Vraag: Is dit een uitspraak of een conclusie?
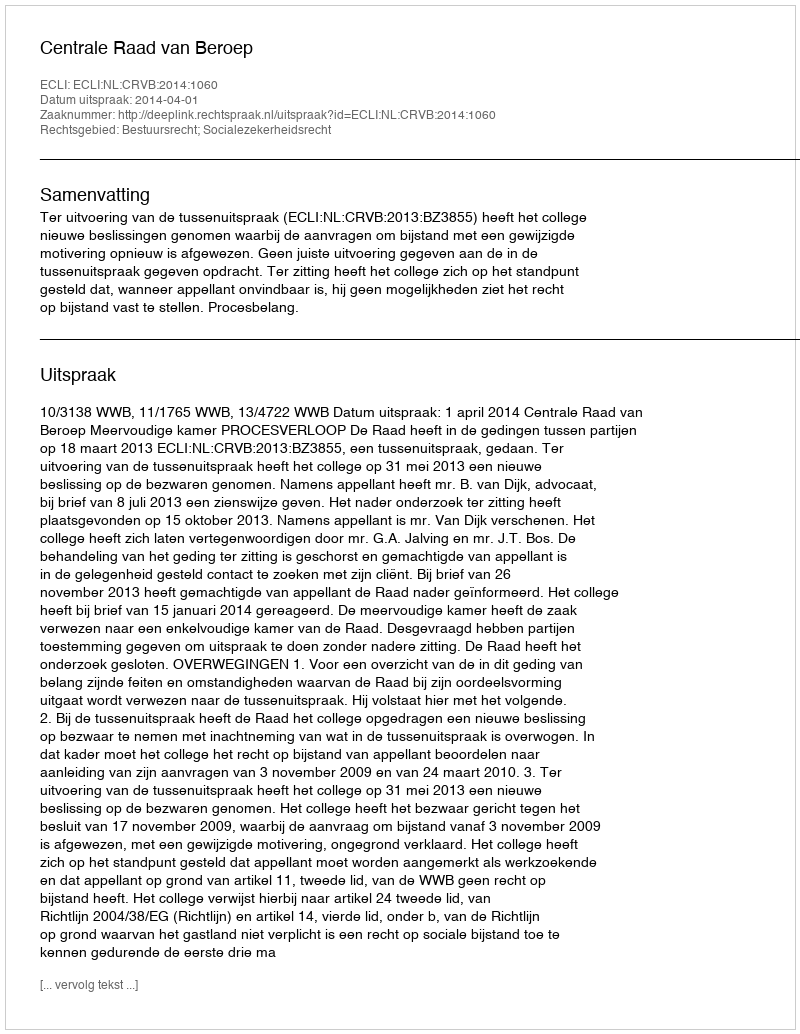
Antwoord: Uitspraak